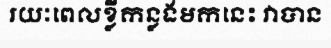
រយៈពេលខ្លីកន្លងមកនេះ វាបាន